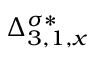
\Delta _ { 3 , 1 , x } ^ { \sigma * }